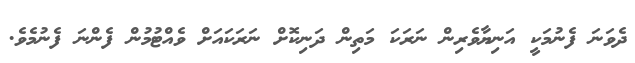
ދެވަނަ ފެނުމަކީ އަނިޔާވެރިން ނަރަކަ މަތިން ދަނިކޮށް ނަރަކައަށް ވެއްޓުމުން ފެންނަ ފެނުމެވެ.